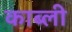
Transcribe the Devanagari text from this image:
काब्ली